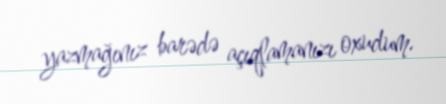
yazmağınız barədə açıqlamanızı oxudum.